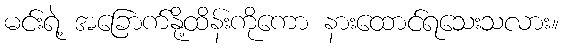
မင်းရဲ့ အခြောက်နို့ထိန်းကိုကော နားထောင်ရသေးသလား။